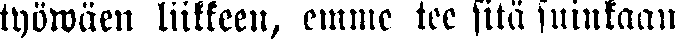
työwäen liikkeen, emme tee sitä suinkaan